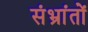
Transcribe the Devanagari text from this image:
संभ्रांतों